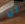
ان